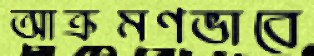
আক্রমণভাবে